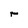
Character: r